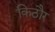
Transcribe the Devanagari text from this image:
किठौर